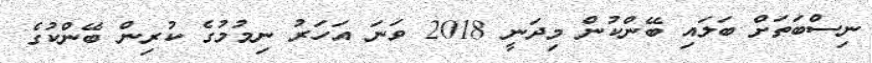
ނިސްބަތަށް ބަލައި ބޭންކުން މިދަނީ 2018 ވަނަ އަހަރު ނިމުމުގެ ކުރިން ބޭންކުގެ